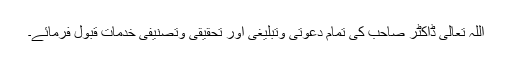
اللہ تعالیٰ ڈاکٹر صاحب کی تمام دعوتی وتبلیغی اور تحقیقی وتصنیفی خدمات قبول فرمائے۔